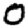
Digit: 0